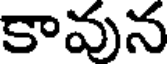
కావున